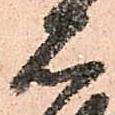
石